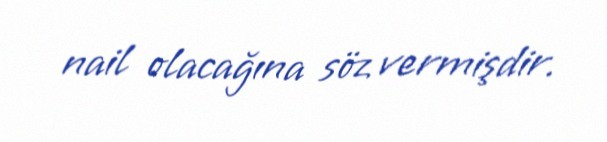
nail olacağına söz vermişdir.